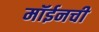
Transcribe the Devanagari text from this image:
मॉईनची